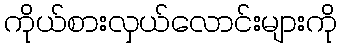
ကိုယ်စားလှယ်လောင်းများကို